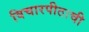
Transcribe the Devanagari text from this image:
विचारपीठाची